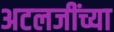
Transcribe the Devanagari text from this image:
अटलजींच्या